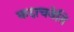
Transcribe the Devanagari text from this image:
कदाचनेति